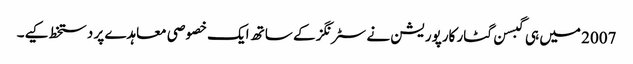
2007 میں ہی گبسن گٹار کارپوریشن نے سٹرنگز کے ساتھ ایک خصوصی معاہدے پر دستخط کیے۔